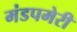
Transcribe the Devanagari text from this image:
मंडपमेरी